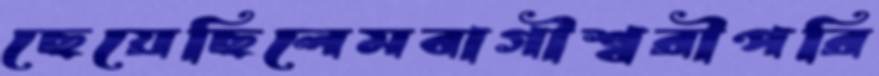
ছেয়েছিলেমবাগীশ্বরীপরি